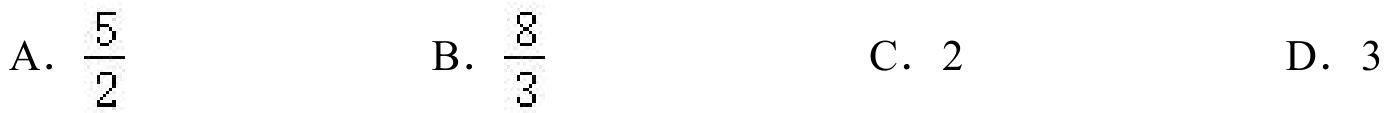
A. \(\frac{5}{2}\)
B. \(\frac{8}{3}\)
C. \(2\)
D. \(3\)